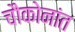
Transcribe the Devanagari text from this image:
चौकोनांत